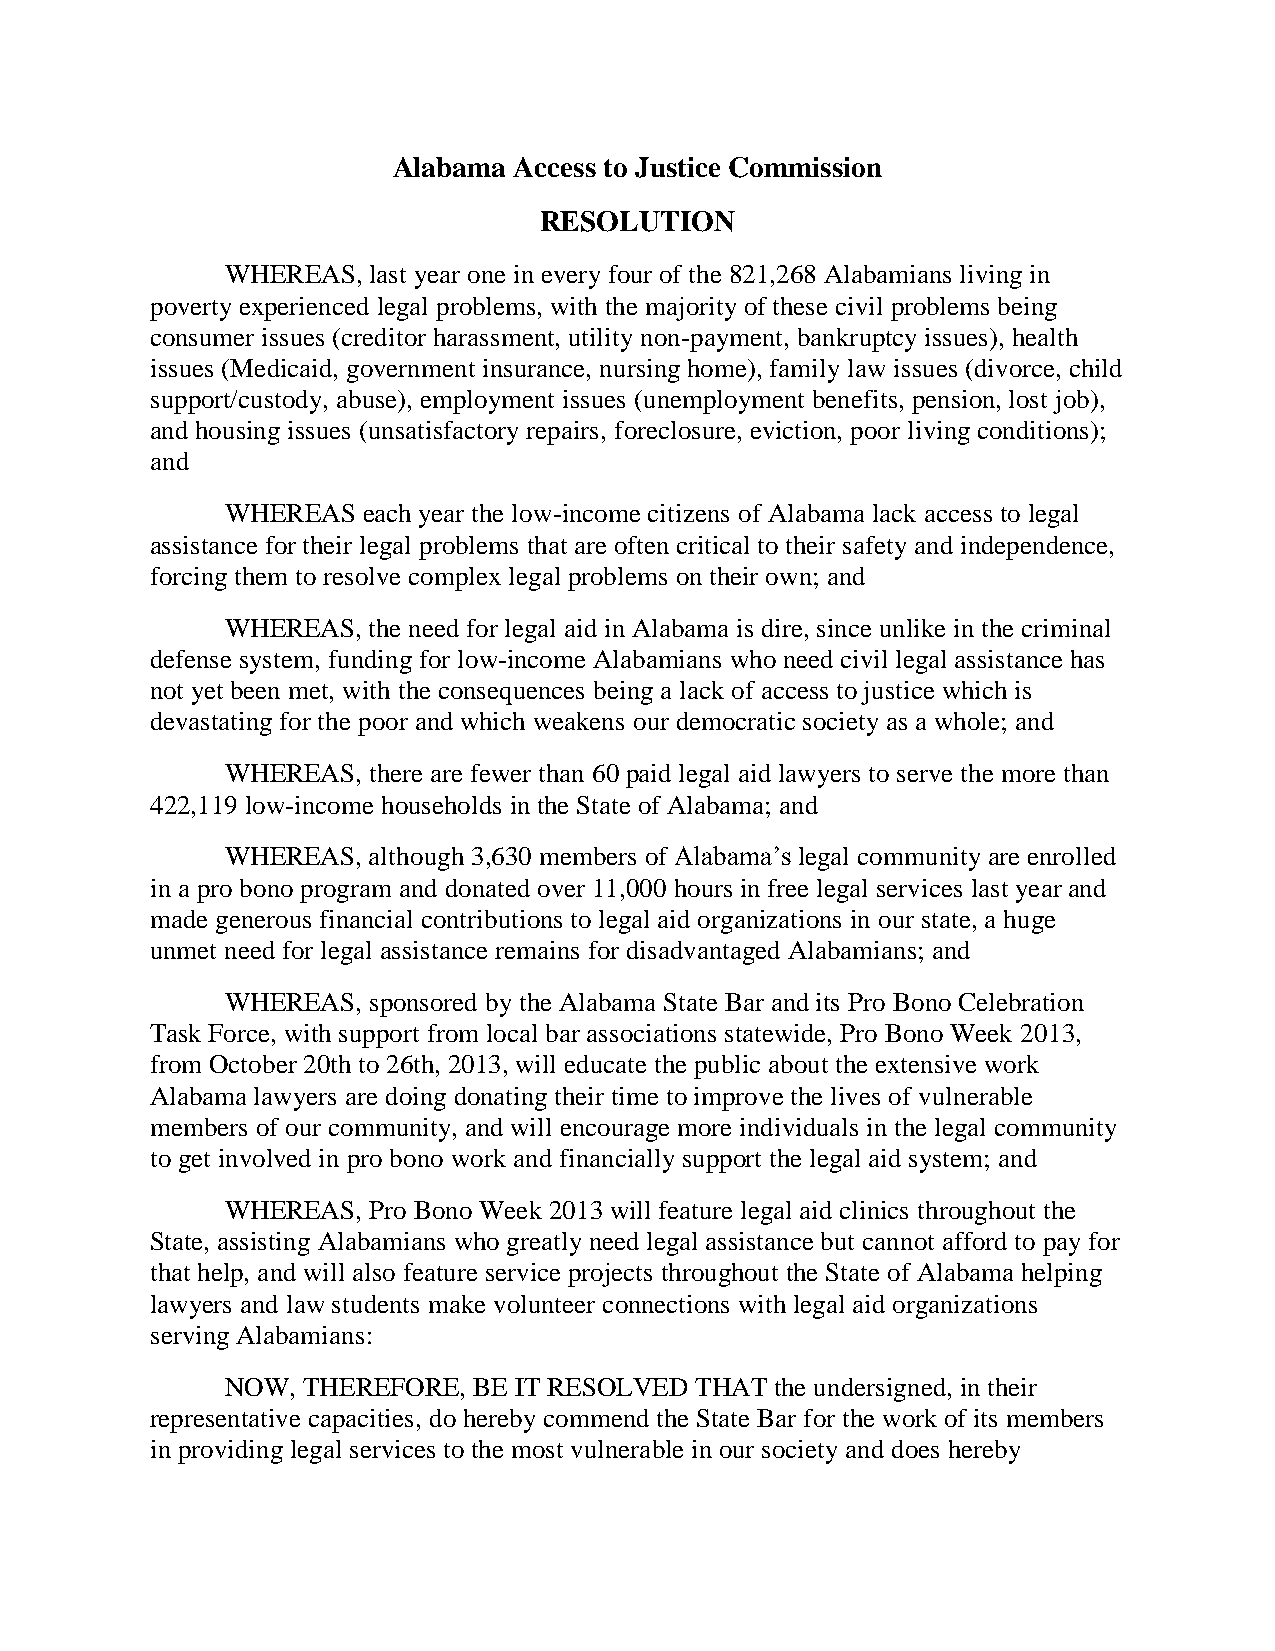
Alabama Access to Justice Commission
 RESOLUTION
 WHEREAS, last year one in every four of the 821,268 Alabamians living in
 poverty experienced legal problems, with the majority of these civil problems being
 consumer issues (creditor harassment, utility non-payment, bankruptcy issues), health
 issues (Medicaid, government insurance, nursing home), family law issues (divorce, child
 support/custody, abuse), employment issues (unemployment benefits, pension, lost job),
 and housing issues (unsatisfactory repairs, foreclosure, eviction, poor living conditions);
 and
 WHEREAS  each year the low-income citizens of Alabama lack access to legal
 assistance for their legal problems that are often critical to their safety and independence,
 forcing them to resolve complex legal problems on their own; and
 WHEREAS, the need for legal aid in Alabama is dire, since unlike in the criminal
 defense system, funding for low-income Alabamians who need civil legal assistance has
 not yet been met, with the consequences being a lack of access to justice which is
 devastating for the poor and which weakens our democratic society as a whole; and
 WHEREAS, there are fewer than 60 paid legal aid lawyers to serve the more than
 422,119 low-income households in the State of Alabama; and
 WHEREAS, although 3,630 members of Alabama’s legal community are enrolled
 in a pro bono program and donated over 11,000 hours in free legal services last year and
 made generous financial contributions to legal aid organizations in our state, a huge
 unmet need for legal assistance remains for disadvantaged Alabamians; and
 WHEREAS, sponsored by the Alabama State Bar and its Pro Bono Celebration
 Task Force, with support from local bar associations statewide, Pro Bono Week 2013,
 from October 20th to 26th, 2013, will educate the public about the extensive work
 Alabama lawyers are doing donating their time to improve the lives of vulnerable
 members of our community, and will encourage more individuals in the legal community
 to get involved in pro bono work and financially support the legal aid system; and
 WHEREAS, Pro Bono Week 2013 will feature legal aid clinics throughout the
 State, assisting Alabamians who greatly need legal assistance but cannot afford to pay for
 that help, and will also feature service projects throughout the State of Alabama helping
 lawyers and law students make volunteer connections with legal aid organizations
 serving Alabamians:
 NOW, THEREFORE, BE IT RESOLVED THAT the undersigned, in their
 representative capacities, do hereby commend the State Bar for the work of its members
 in providing legal services to the most vulnerable in our society and does hereby